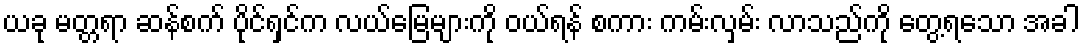
ယခု မတ္တရာ ဆန်စက် ပိုင်ရှင်က လယ်မြေများကို ဝယ်ရန် စကား ကမ်းလှမ်း လာသည်ကို တွေ့ရသော အခါ